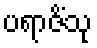
ပရာဇိံသု